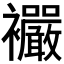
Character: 𧟓